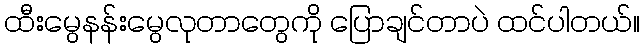
ထီးမွေနန်းမွေလုတာတွေကို ပြောချင်တာပဲ ထင်ပါတယ်။